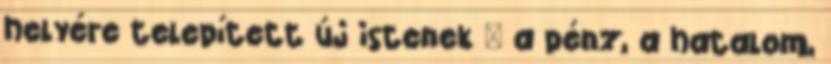
helyére telepített új istenek – a pénz, a hatalom,